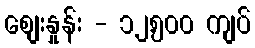
စျေးနှုန်း - ၁၂,၅၀၀ ကျပ်